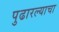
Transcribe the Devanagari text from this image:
पुढारल्याचा